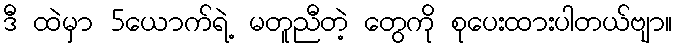
ဒီ ထဲမှာ 5ယောက်ရဲ့ မတူညီတဲ့ တွေကို စုပေးထားပါတယ်ဗျာ။